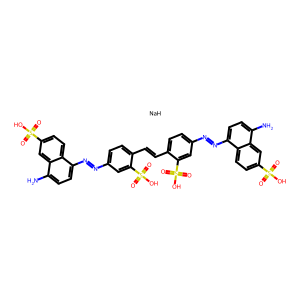
SMILES: Nc1ccc(N=Nc2ccc(C=Cc3ccc(N=Nc4ccc(N)c5cc(S(=O)(=O)O)ccc45)cc3S(=O)(=O)O)c(S(=O)(=O)O)c2)c2ccc(S(=O)(=O)O)cc12.[NaH]
Inhibits HIV replication: Yes